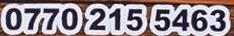
0770 215 5463